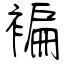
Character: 褊